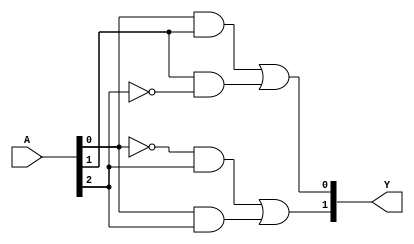
module PAL (
    input wire [n-1:0] A,          // Input signals (A, B, C, etc.)
    output wire [m-1:0] Y          // Output signals
);

// Parameters
parameter n = 3;                 // Number of input lines (A, B, C)
parameter m = 2;                 // Number of output lines (Y0, Y1)
parameter num_AND_gates = 4;     // Number of programmable AND gates

// Internal signals for AND gate outputs
wire [num_AND_gates-1:0] and_out;

// Programmable AND gates
genvar i;
generate
    for (i = 0; i < num_AND_gates; i = i + 1) begin : and_gate
        // Example of programmable connections:
        // You can configure which inputs and their complements connect to each AND gate
        // Here, we assume a simple configuration for demonstration purposes
        case(i)
            0: assign and_out[i] = A[0] & A[1];                  // A0 AND A1
            1: assign and_out[i] = A[1] & ~A[2];                 // A1 AND NOT A2
            2: assign and_out[i] = ~A[0] & A[2];                 // NOT A0 AND A2
            3: assign and_out[i] = A[0] & A[2];                  // A0 AND A2
            default: assign and_out[i] = 1'b0;                   // Default case
        endcase
    end
endgenerate

// Fixed OR array
assign Y[0] = and_out[0] | and_out[1];  // Y0 = AND0 OR AND1
assign Y[1] = and_out[2] | and_out[3];  // Y1 = AND2 OR AND3

endmodule